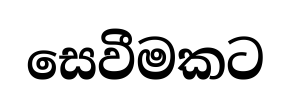
සෙවීමකට